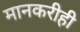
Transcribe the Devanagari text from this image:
मानकरीही